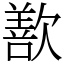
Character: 歚